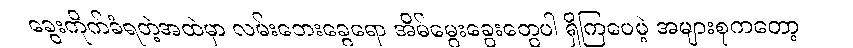
ခွေးကိုက်ခံရတဲ့အထဲမှာ လမ်းဘေးခွေရော အိမ်မွေးခွေးတွေပါ ရှိကြပေမဲ့ အများစုကတော့